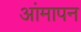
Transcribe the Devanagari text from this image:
आंमापन